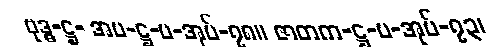
ဗုဒ္ဓ-ဋ္ဌ- အပ-ဋ္ဌ-ပ-အုပ်-၇၈။ ဇာတက-ဋ္ဌ-ပ-အုပ်-၇၃၊